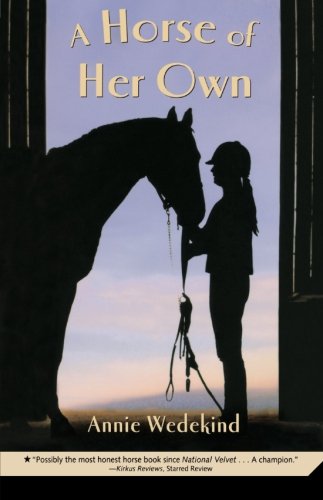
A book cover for A Horse of Her Own; Annie Wedekind; Children's Books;